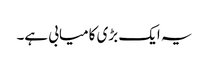
یہ ایک بڑی کامیابی ہے۔